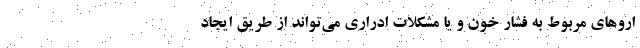
اروهای مربوط به فشار خون و یا مشکلات ادراری می‌‌تواند از طریق ایجاد